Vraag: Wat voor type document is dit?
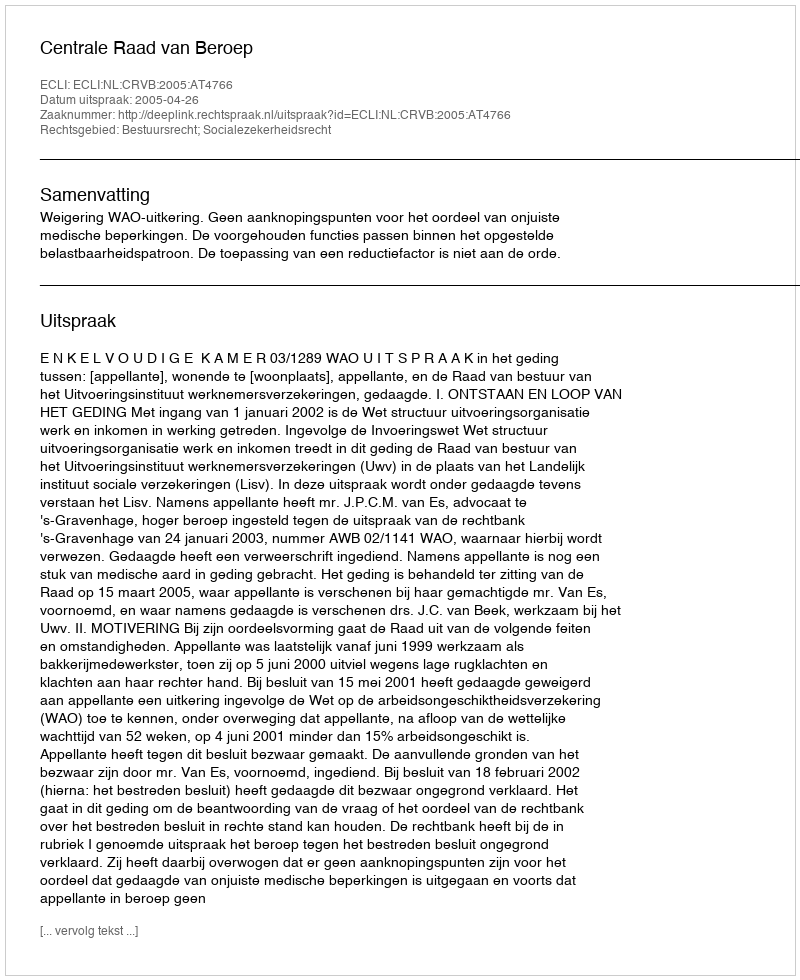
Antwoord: Uitspraak